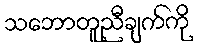
သဘောတူညီချက်ကို